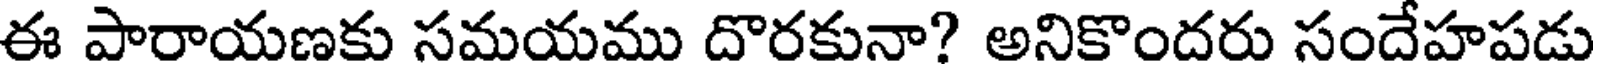
ఈ పారాయణకు సమయము దొరకునా? అనికొందరు సందేహపడు